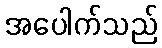
အပေါက်သည်